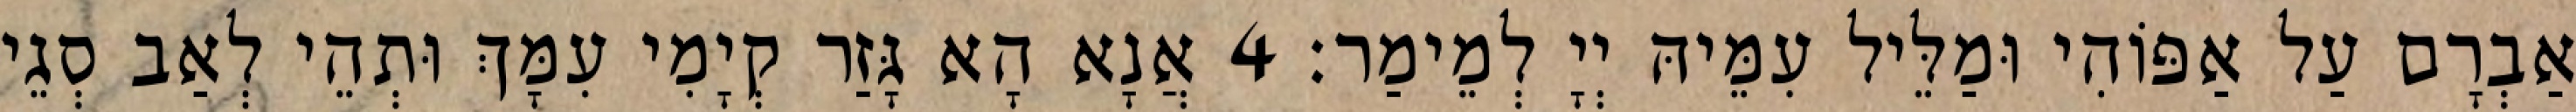
אַבְרָם עַל אַפּוֹהִי וּמַלֵּיל עִמֵּיהּ יְיָ לְמֵימַר׃ 4 אֲנָא הָא גָּזַר קְיָמִי עִמָּךְ וּתְהֵי לְאַב סְגֵי